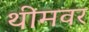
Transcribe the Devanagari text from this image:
थीमवर